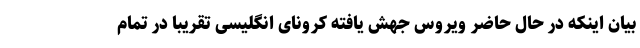
بیان اینکه در حال حاضر ویروس جهش یافته کرونای انگلیسی تقریبا در تمام